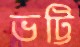
ভট্টি